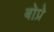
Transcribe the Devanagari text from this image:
बोप्रे